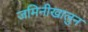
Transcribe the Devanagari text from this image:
जमिनीखालुन